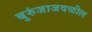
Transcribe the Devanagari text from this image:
बुरुंजाजवळील